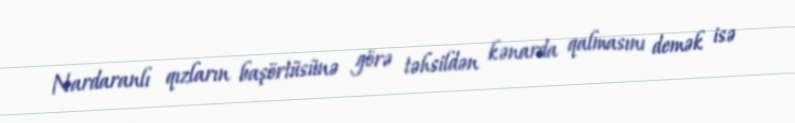
Nardaranlı qızların başörtüsünə görə təhsildən kənarda qalmasını demək isə